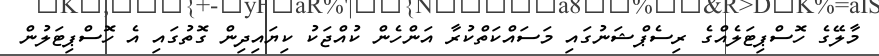
މާލޭގެ ހޮސްޕިޓަލެއްގެ ރިސެޕްޝަނުގައި މަސައްކަތްކުރާ އަންހެން ކުއްޖަކު ކިޔައިދިން ގޮތުގައި އެ ހޮސްޕިޓަލުން